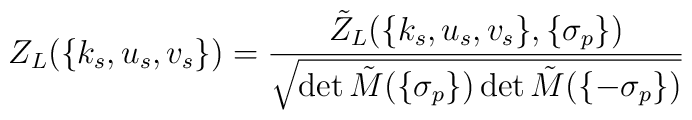
Z_L(\{k_s,u_s,v_s\})=\frac{\tilde Z_L(\{k_s,u_s,v_s\},\{\sigma_p\})}{\sqrt{\det \tilde M(\{\sigma_p\})\det \tilde M(\{-\sigma_p\})}}